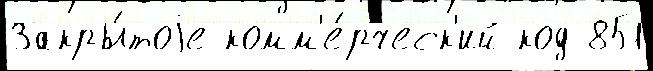
Закры́тоjе комм'е́рческ'ий код 851